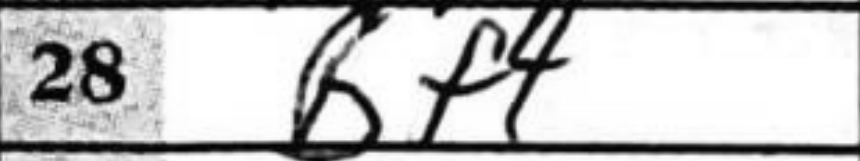
Transcription: Bf4